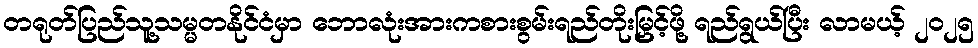
တရုတ်ပြည်သူ့သမ္မတနိုင်ငံမှာ ဘောလုံးအားကစားစွမ်းရည်တိုးမြှင့်ဖို့ ရည်ရွယ်ပြီး လာမယ့် ၂၀၂၅